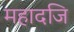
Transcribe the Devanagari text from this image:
महादजि